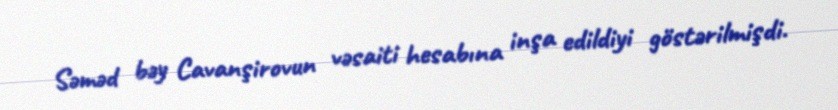
Səməd bəy Cavanşirovun vəsaiti hesabına inşa edildiyi göstərilmişdi.